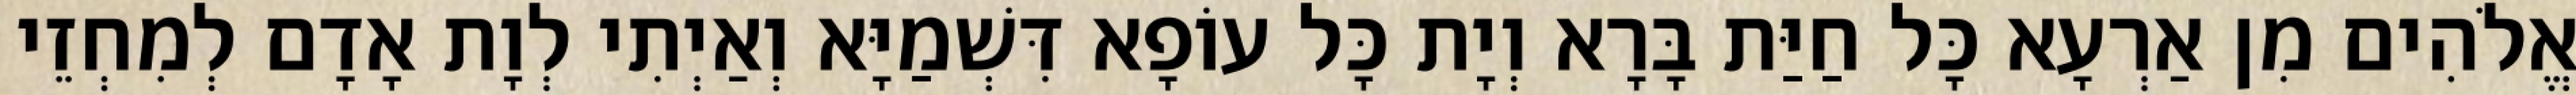
אֱלֹהִים מִן אַרְעָא כָּל חַיַּת בָּרָא וְיָת כָּל עוֹפָא דִּשְׁמַיָּא וְאַיְתִי לְוָת אָדָם לְמִחְזֵי